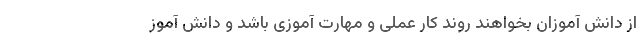
از دانش آموزان بخواهند روند کار عملی و مهارت آموزی باشد و دانش آموز